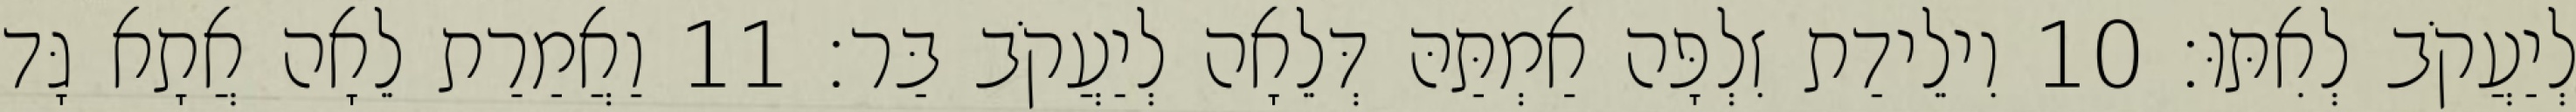
לְיַעֲקֹב לְאִתּוּ׃ 10 וִילֵידַת זִלְפָּה אַמְתַּהּ דְּלֵאָה לְיַעֲקֹב בַּר׃ 11 וַאֲמַרַת לֵאָה אֲתָא גָּד